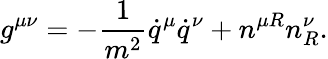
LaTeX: g^{\mu\nu}=-\frac{1}{m^{2}}\dot{q}^{\mu}\dot{q}^{\nu}+n^{\mu R}n_{R}^{\nu}.